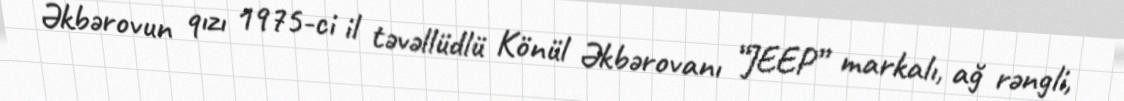
Əkbərovun qızı 1975-ci il təvəllüdlü Könül Əkbərovanı “JEEP” markalı, ağ rəngli,